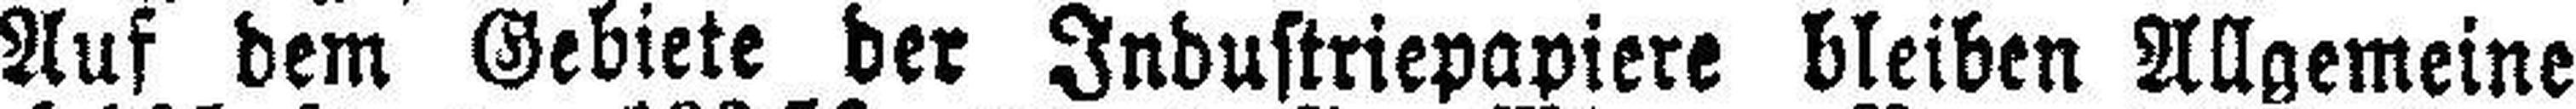
Auf dem Gebiete der Industriepapiere bleiben Allgemeine